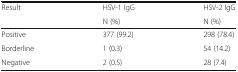
<table><thead><tr><td rowspan="2"><b>Result</b></td><td><b>HSV-1 IgG</b></td><td><b>HSV-2 IgG</b></td></tr><tr><td><b>N (%)</b></td><td><b>N (%)</b></td></tr></thead><tbody><tr><td>Positive</td><td>377 (99.2)</td><td>298 (78.4)</td></tr><tr><td>Borderline</td><td>1 (0.3)</td><td>54 (14.2)</td></tr><tr><td>Negative</td><td>2 (0.5)</td><td>28 (7.4)</td></tr></tbody></table>